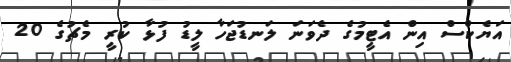
އަޔެކްސް އިން އެޓީމުގެ ދެވަނަ ލަނޑުޖަހާ ލީޑު ފުޅާ ކުރީ މެޗުގެ 20